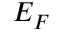
E _ { F }